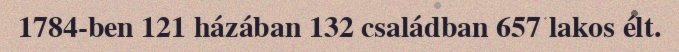
1784-ben 121 házában 132 családban 657 lakos élt.